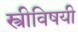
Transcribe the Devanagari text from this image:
स्त्रीविषयी